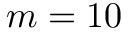
m = 1 0